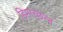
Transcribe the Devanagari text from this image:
हिमाच्छन्न